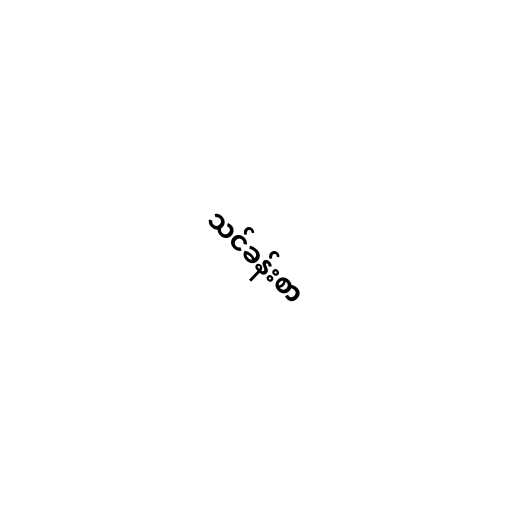
သင်ခန်းစာ